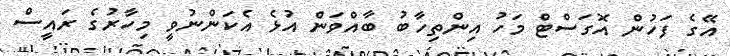
އޭގެ ފަހުން އޮގަސްޓް މަހު އިންތިހާބު ބާއްވަން އުޅެ އެކަންނުވީ މިހާރުގެ ރައީސް